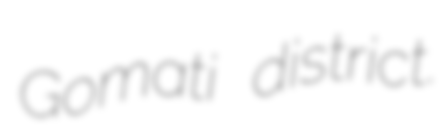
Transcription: Gomati district.